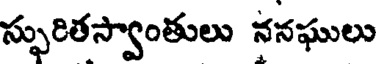
స్ఫురితస్వాంతులు ననఘులు